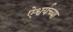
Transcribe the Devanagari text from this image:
ऐश्वर्यच्या